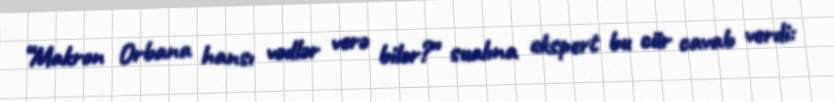
“Makron Orbana hansı vədlər verə bilər?” sualına ekspert bu cür cavab verdi: